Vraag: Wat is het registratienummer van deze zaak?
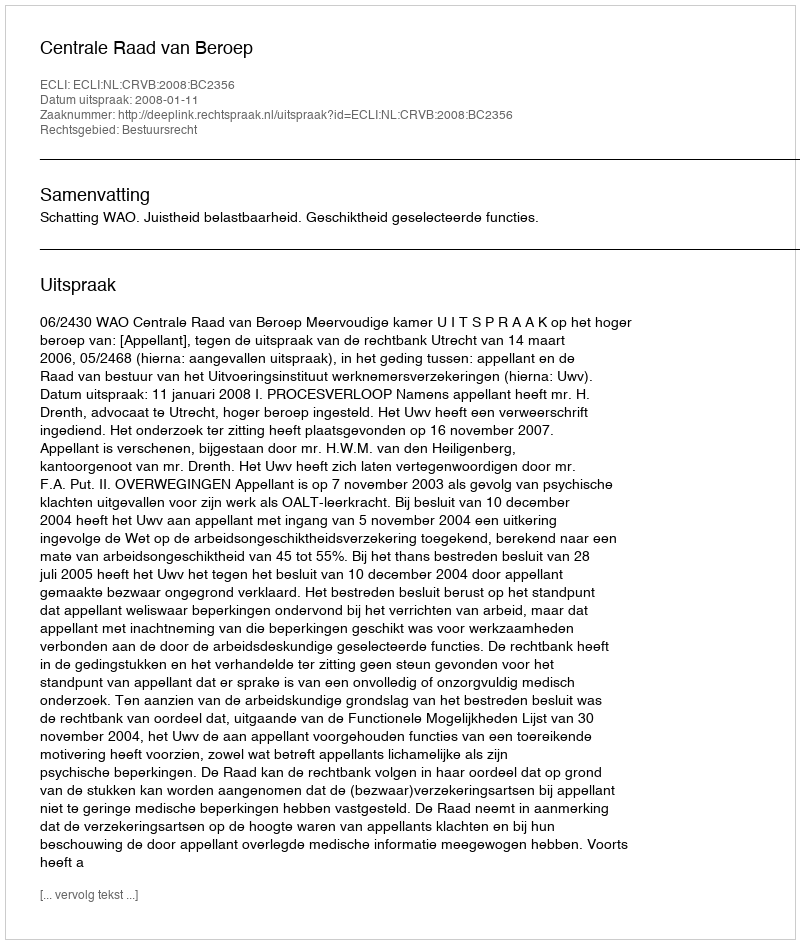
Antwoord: http://deeplink.rechtspraak.nl/uitspraak?id=ECLI:NL:CRVB:2008:BC2356